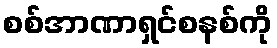
စစ်အာဏာရှင်စနစ်ကို